Annual statistical returns and brief notes on vaccination in Bengal - 1887-1898
Year: 1887
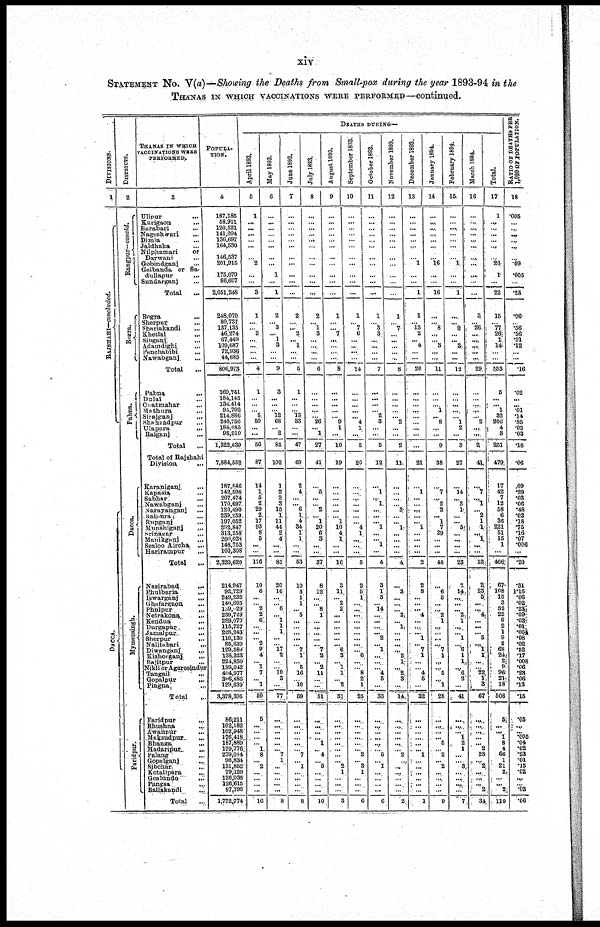
xiv
STATEMENT NO. V(a)—Showing the Deaths from Small-pox during the year 1893-94 in the
THANAS IN WHICH VACCINATIONS WERE PERFORMED—continued.
DIVISIONS.
1
RAJSHAHI—concluded.
DACCA.
DISTRICTS.
2
Rangpur—concld.
Bogra.
Pabna.
Dacca.
Mymensingh.
Faridpur.
THANAS IN WHICH
VACCINATIONS WERE
PERFORMED.
3
Ulipur ...
K1rigaon ...
Barabari
...
Nageshwari ...
Dimla ...
Jaldhaka ...
Nilphamari
or
Darwani ...
Gobindganj ...
Gaibanda or Sa-
dullapur
...
Sundarganj ...
Total ...
Bogra
...
Sherpur ...
Shariakandi ...
Khetlal ...
Sibganj ...
Adamdighi ...
Panchabibi
...
Nawabganj ...
Total ...
Pabna
...
Dalai ...
Chatmahar ...
Mathura
...
Sirajganj
...
Shahzadpur ...
Ulapara
...
Raiganj ...
Total ...
Total of Rajshahi
Division.
...
Karaniganj
...
Kapasia ...
Sabhar
...
Nawabganj ...
Narayanganj ...
Raipura
...
Rupganj
...
Munshiganj ...
Srinagar ...
Manikganj
Sealoo Aircha ...
Harirampur
...
Total ...
Nasirabad
...
Bhulbaria
...
Iswarganj
...
Ghafargaon
...
Phulpur ...
Netrakona
...
Dendua
...
Durgapur
...
Jamalpur
...
Sherpur
...
Nalitabari
...
Diwanganj
...
Kishorganj
...
Bajitpur
...
Nikli or Agarosindur
Tangail ...
Gopalpur
...
Pingna ...
Total
...
Faridpur
...
Bhushna
...
Awanpur ...
Maksudpur ...
Bhanga
...
Madaripur ...
Palang
...
Gopalganj
...
Sibchar
...
Kotalipara
...
Goalundo
...
Pangsa
...
Baliakandi
...
Total
...
POPULA-
TION.
4
187,185
58,911
120,521
141,094
136,687
164,530
146,537
201,915
175,079
86,607
2,051,248
248,070
80,737
137,135
46,274
67,449
109,687
72,936
44,685
806,973
169,741
184,145
134,414
93,702
214,886
240,756
184,085
98,910
1,322,639
7,884,552
187,846
142,598
207,474
170,697
120,490
239,259
197,052
292,847
313,258
200,038
148,753
100,308
2,320,620
214,947
92,729
249,232
140,605
139,029
239,729
289,070
115,727
228,243
110,139
85,639
129,589
138,323
224,850
139,042
404,977
306,886
129,639
3,378,395
86,211
102,182
102,948
176,418
187,889
179,776
279,084
96,834
131,852
79,129
126,038
126,615
97,798
1,772,774
DEATHS DURING—
April 1893.
5
1
...
...
...
...
...
...
2
...
...
3
1
...
... 3
...
...
...
...
4
1
...
...
... 5
50
...
...
56
87
14
1
5
2
29
2
17
93
8
5
...
...
176
10
6
...
... 2
... 6
...
...
... 2
9
4
... 1
7
... 1
50
5
...
...
...
... 1
8
... 2
...
...
...
...
16
May 1893.
6
...
...
...
...
...
...
...
...
1
...
1
2
... 3
... 1
3
...
...
9
3
...
...
... 12
68
... 2
85
102
1
2
2
3
15
1
11
44
2
4
...
...
85
20
16
...
... 6
... 1
1
1
...
... 17
2
...
... 10
3
...
77
...
...
...
...
...
... 7
1
...
...
...
...
...
8
June 1893.
7
...
...
...
...
...
...
...
...
...
...
...
2
...
... 2
... 1
...
...
5
1
...
...
... 13
33
...
...
47
60
2
4
...
... 6
1
4
34
1
1
...
...
53
10
3
1
1
... 5
...
...
...
...
... 7
1
... 5
16
... 10
59
...
... ...
...
...
... 7
... 1
...
...
...
...
8
July 1893.
8
...
...
...
...
...
...
...
...
...
...
...
2
... 1
3
...
...
...
...
6
...
...
...
...
... 26
... 1
27
41
...
5
...
... 2
... 1
20
6
3
...
...
37
8
12
...
... 8
1
...
...
...
...
... 7
2
... 2
11
...
...
51
...
...
...
... 1
... 4
... 5
...
...
...
...
10
August 1893.
9
...
...
...
...
...
...
...
...
...
...
...
1
...
... 7
...
...
...
...
8
...
...
...
...
... 9
1
...
10
19
...
...
...
...
...
... 1
10
4
1
...
...
16
3
11
... 2
2
...
...
...
...
... 6
3
... 1
1
... 2
31
...
...
...
...
...
...
...
... 2
1
...
...
...
3
September 1893.
10
...
...
...
...
...
...
...
...
...
...
...
1
... 7
6
...
...
...
...
14
...
...
...
...
... 4
1
...
5
20
...
...
...
...
...
...
... 4
1
...
...
...
5
2
5
1
...
...
... ...
...
...
...
...
... 6
...
... 8
2
1
25
...
...
...
...
...
... 2
... 3
1
...
...
...
6
October 1893.
11
...
...
...
...
...
...
...
...
...
...
...
1
... 3
3
...
...
...
...
7
...
...
...
... 2
3
...
...
5
12
...
1
... 1
...
...
... 1
...
... 1
...
4
3
1
3
... 14
... ...
...
... 2
... 1
...
...
... 4
5
...
33
...
...
...
...
...
... 5
... 1
...
...
...
...
6
November 1893.
12
...
...
...
...
...
...
...
...
...
...
...
1
... 7
...
...
...
...
...
8
...
...
...
...
... 2
...
...
2
11
...
...
...
... 3
...
... 1
...
...
...
...
4
...
3
...
...
... 2
... 1
...
...
...
... 2
1
... 2
3
...
14
...
...
...
...
...
... 2
...
...
...
...
...
...
2
December 1893.
13
...
...
...
...
...
...
...
1
...
...
1
1
... 13
2
... 4
...
...
20
...
...
...
...
...
...
...
...
...
21
...
1
...
....
...
...
... 1
...
...
...
...
2
2
8
...
...
... 4
...
...
... 1
... 7
1
...
... 4
5
...
32
...
...
... ....
...
... 1
...
...
...
...
...
...
1
January 1894.
14
...
...
... ...
...
...
...
16
...
...
16
...
... 8
...
... 3
...
...
11
...
...
... 1
... 8
...
...
9
38
...
7
... 2
2
... 1
7
29
...
...
...
48
...
6
5
...
....
2
1
...
...
...
... 7
1
...
... 5
... 1
28
...
...
...
... 5
... 2
... 2
...
...
...
...
9
February 1894.
15
...
...
...
...
...
...
...
1
...
...
1
...
... 9
...
... 3
...
...
12
...
...
...
...
... 1
2
...
3
27
...
14
... 3
1
...
... 5
...
...
...
...
23
7
14
...
...
... 2
1
...
... 1
... 6
1
1
... 6 2
...
41
...
...
... 1
2
1
...
... 3
...
...
...
...
7
March 1894.
16
...
...
...
...
...
...
...
...
...
...
...
3
... 26
...
...
...
... ...
29
...
...
...
...
... 2
...
...
2
41
...
7
... 1
... 2
1
1
... 1
...
...
13
2 23
5
...
... 4
...
...
... 5
... 1
1
...
... 22
1
3
67
...
...
...
...
... 2
28
... 2
...
...
... 2
34
Total.
17
1
...
...
...
...
...
...
20
1
...
22
15
... 77
26
1
14
...
...
133
5
...
... 1
32
206
4
3
251
479
17
42
7
12
58
6
36
221
51
15
1
...
466
67
108
15
3
32
22 9
2
1
9
2
68
24
2
9
96
21
18
508
5
...
... 1
8
4
66
1
21
2
...
... 2
110
RATIO OF DEATHS PER
1,000 OF POPULATION.
18
.005
...
...
...
...
...
...
.09
.005
...
.25
.06
... .56
.56
.01
.12
...
...
.16
.02
...
... .01
.14
.85
.02
.03
.18
.06
.09
.29
.03
.06
.48
.02
.18
.75
.16
.07
.006
...
.20
.31
1.16
.06
.02
.03 .09 .03
.01
. 004
.08
.02
.52
.17
.008
.06
.28
.06
.13
.15
.05
...
... .005
.04
.02
.23
.01
.15
.02
...
... .02
.06